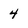
Character: 4